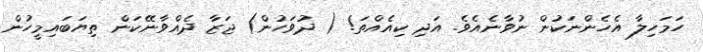
ހަމަހިލާ އެހެންނަކުން ނުވާނެއެވެ. އަދި ކިއެއްތަ! ( ދުވަހުން) ޖަޒާ ދެއްވާނޭކަން ތިޔަބައިމީހުން